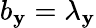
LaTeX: b_{\mathbf{y}}=\lambda_{\mathbf{y}}